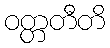
ဝတ္တတီတိ